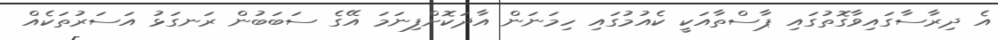
އެ ދިރާސާގައިވާގޮތުގައި ޕާސްތާއަކީ ކެއުމުގައި ހިމަނަން އާދަކޮށްފިނަމަ އޭގެ ސަބަބުން ރަނގަޅު އަސަރުތަކެއް